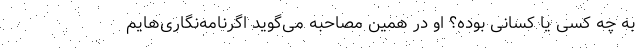
به چه کسی یا کسانی بوده؟ او در همین مصاحبه می‌گوید اگرنامه‌نگاری‌هایم